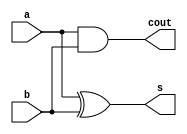
// This program was cloned from: https://github.com/Nilesh002/Multiplication-and-Accumulation-Unit-MAC-
// License: MIT License

module ha(a,b,s,cout);
input a,b;
output s,cout;

xor b1(s,a,b);
and(cout,a,b);

endmodule